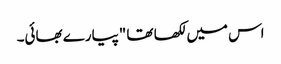
اس میں لکھا تھا "پیارے بھائی۔